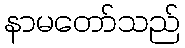
နာမတော်သည်